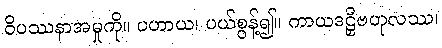
ဝိပဿနာအမှုကို။ ပဟာယ၊ ပယ်စွန့်၍။ ကာယဒဠှီဗဟုလဿ၊